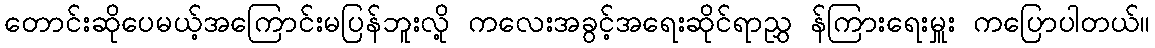
တောင်းဆိုပေမယ့်အကြောင်းမပြန်ဘူးလို့ ကလေးအခွင့်အရေးဆိုင်ရာညွှ န်ကြားရေးမှူး ကပြောပါတယ်။